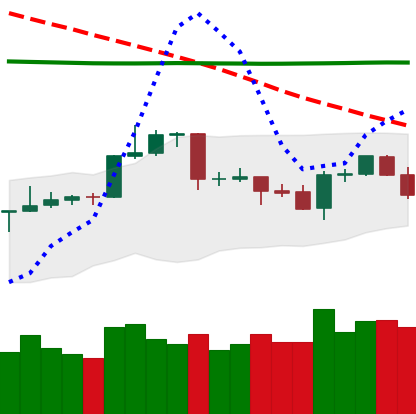
Ticker: LTC-USD
Chart end date: 2020-04-20
Forward return: 9.519%
Label: up_7plus